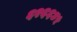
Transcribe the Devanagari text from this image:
६२६६४५